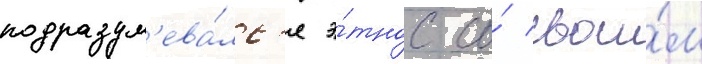
подразум'ева́лс'я э́тнос со́ свои́м